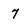
Character: 7